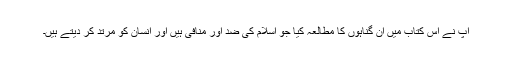
آپ نے اس کتاب میں ان گناہوں کا مطالعہ کیا جو اسلام کی ضد اور منافی ہیں اور انسان کو مرتد کر دیتے ہیں۔